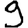
Digit: 9